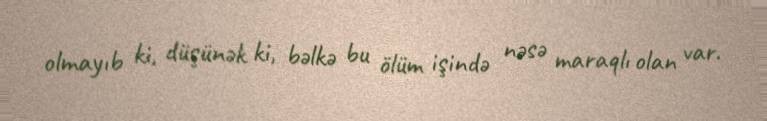
olmayıb ki, düşünək ki, bəlkə bu ölüm işində nəsə maraqlı olan var.